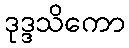
ဒုဒ္ဒသိကော